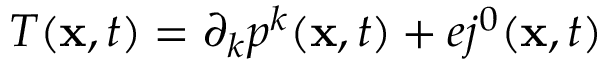
T ( { \bf x } , t ) = \partial _ { k } p ^ { k } ( { \bf x } , t ) + e j ^ { 0 } ( { \bf x } , t )